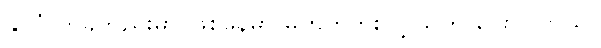
နိုင်ငံ တခုတည်းမှာ ဖြစ်နေမှာ မဟုတ်ဘူးလို့ သူက ပြောပါတယ်။